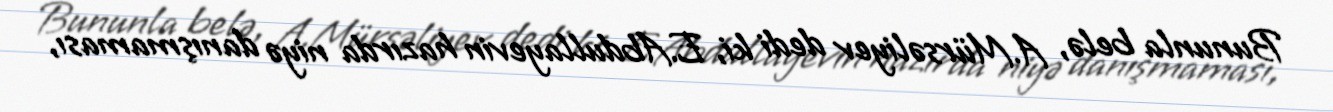
Bununla belə, A.Mürsəliyev dedi ki, E.Abdullayevin hazırda niyə danışmaması,